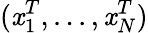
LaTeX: (\mathit{x}_{1}^{T},...,\mathit{x}_{N}^{T})